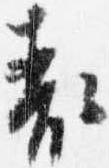
表